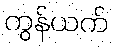
ကွန်ယက်